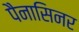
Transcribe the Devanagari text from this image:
पैनासिनर